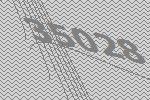
35028